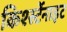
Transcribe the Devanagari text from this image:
किर्श्स्टेनाइट